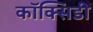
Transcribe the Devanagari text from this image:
कॉक्सिडी